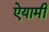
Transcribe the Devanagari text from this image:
ऐयामी